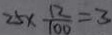
2 5 \times \frac { 1 2 } { 1 0 0 } = 3